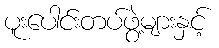
ပူးပေါင်းတပ်ဖွဲ့များနှင့်